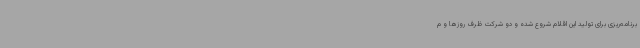
برنامه‌ریزی برای تولید این اقلام شروع شده و دو شرکت ظرف روزها و م